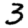
Digit: 3